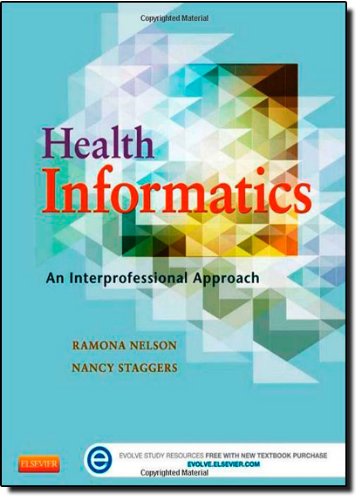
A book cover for Health Informatics: An Interprofessional Approach, 1e; Ramona Nelson PhD  RN-BC  ANEF  FAAN; Medical Books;